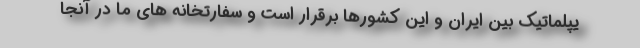
یپلماتیک بین ایران و این کشورها برقرار است و سفارتخانه های ما در آنجا